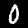
Digit: 0